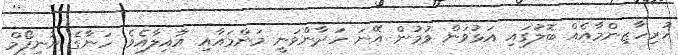
ހުރިހާޒިންމާއެއް ބޮލުގައި އަޅުވަން ވުމުން އޭނަ ހަދާންވަނީ މަންމައާއި އާއިލާއެވެ. ހަނާގެ ޔުނިފޯމް